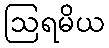
ဩရမိယ